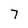
Character: 7